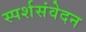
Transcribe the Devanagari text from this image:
स्पर्शसंवेदन